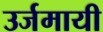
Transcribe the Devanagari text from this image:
उर्जमायी